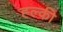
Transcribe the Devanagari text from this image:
ह्ल्की